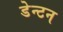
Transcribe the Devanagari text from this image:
डेन्टन